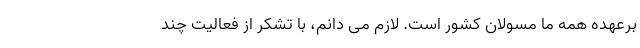
برعهده همه ما مسولان کشور است. لازم می دانم، با تشکر از فعالیت چند